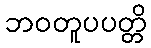
ဘဝတူပပတ္တိ